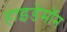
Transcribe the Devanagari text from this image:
हाइडेमॉन